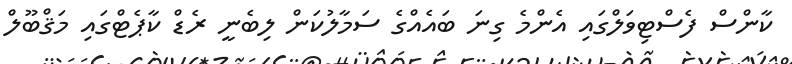
ކާންސް ފެސްޓިވަލްގައި އެންމެ ގިނަ ބައެއްގެ ސަމާލުކަން ލިބެނީ ރެޑް ކާޕެޓްގައި މަޤްބޫލް